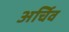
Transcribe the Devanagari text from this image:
अर्चिव